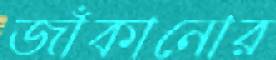
জাঁকানোর